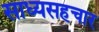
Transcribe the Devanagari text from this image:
साध्यसहचार